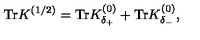
\mathrm { T r } K ^ { ( 1 / 2 ) } = \mathrm { T r } K _ { \delta _ { + } } ^ { ( 0 ) } + \mathrm { T r } K _ { \delta _ { - } } ^ { ( 0 ) } ,